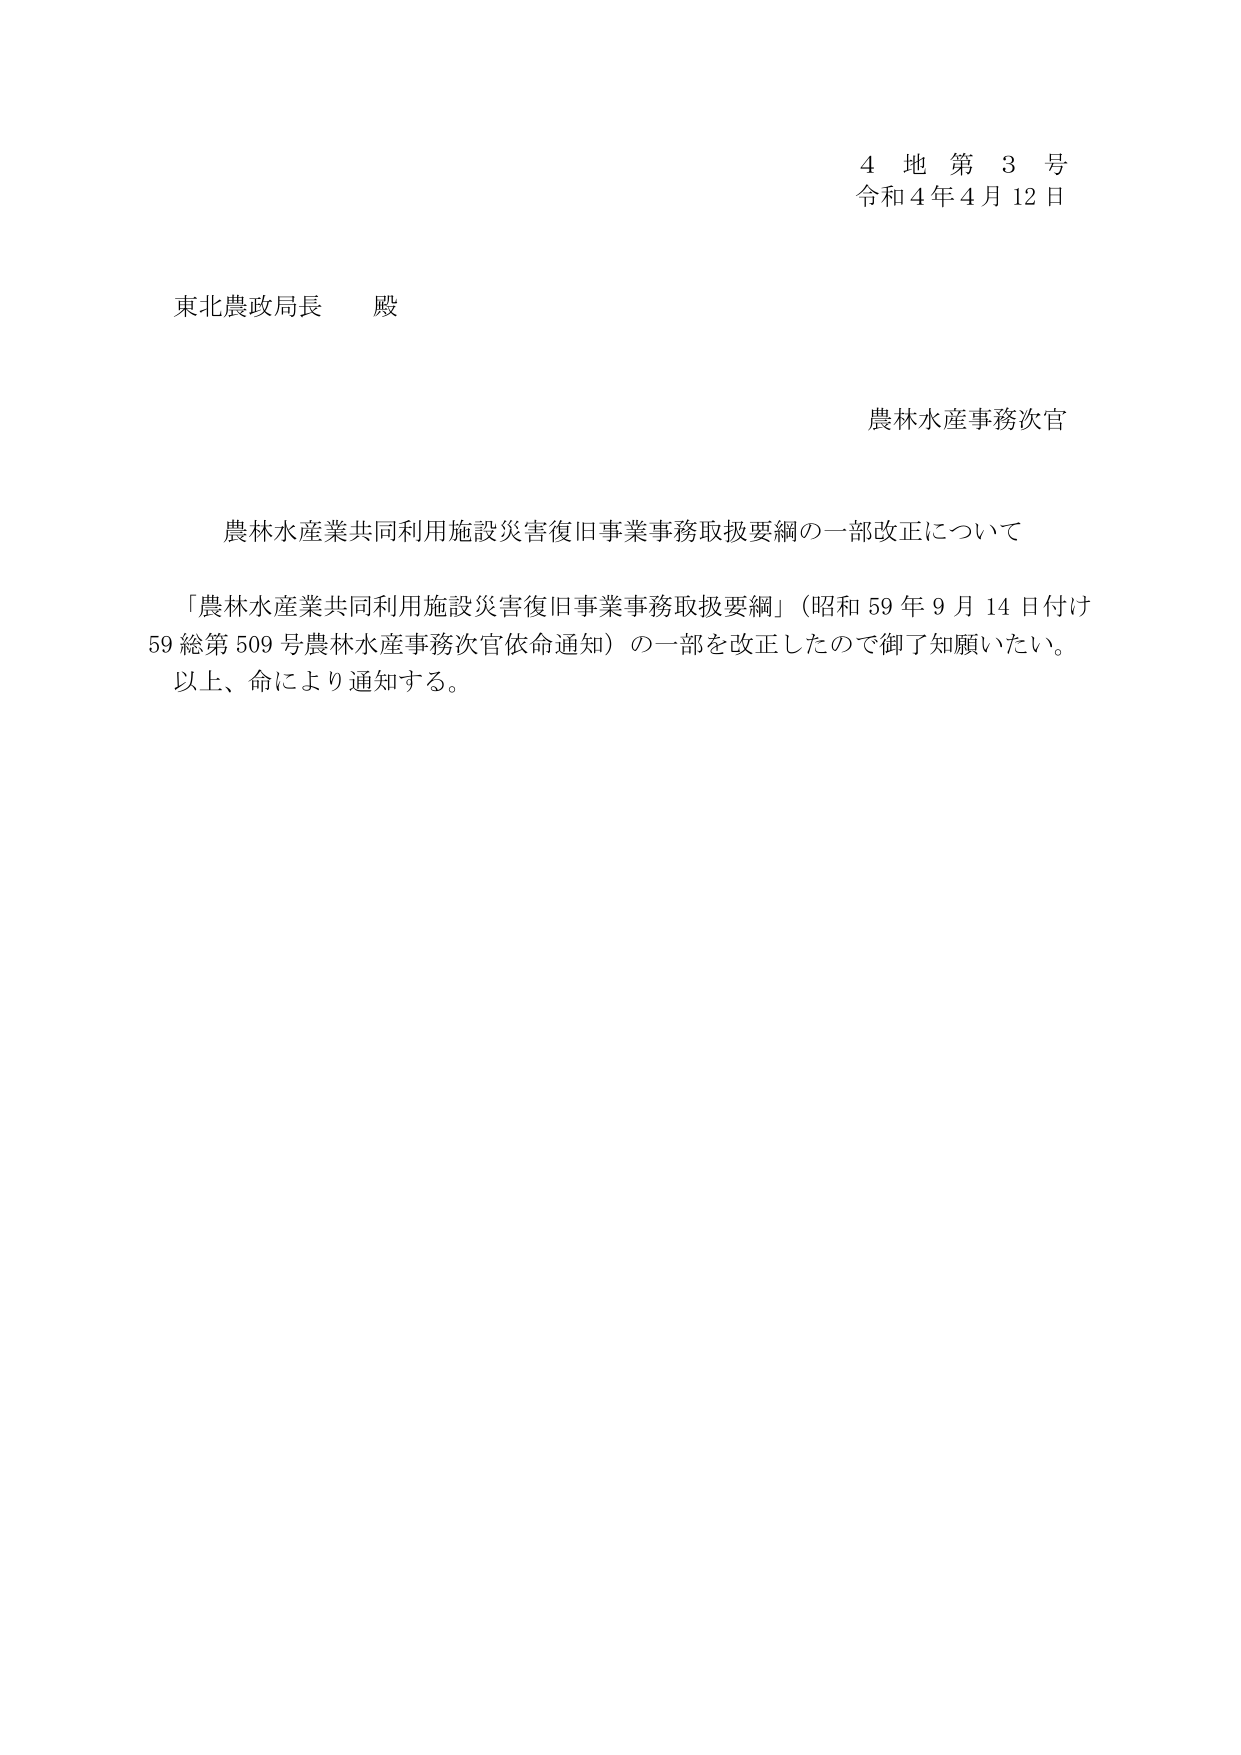
4 地 第 3 号
令和 4 年 4 月 12 日

東北農政局長 殿

農林水産事務次官

農林水産業共同利用施設災害復旧事業事務取扱要綱の一部改正について

「農林水産業共同利用施設災害復旧事業事務取扱要綱」（昭和 59 年 9 月 14 日付け 59 総第 509 号農林水産事務次官依命通知）の一部を改正したので御了知願いたい。
以上、命により通知する。